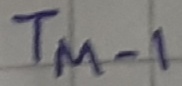
Text: TM-1